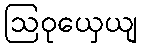
ဩဝုယှေယျ